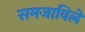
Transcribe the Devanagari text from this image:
समजाविले